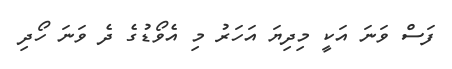
ފަސް ވަނަ އަކީ މިދިޔަ އަހަރު މި އެވޯޑުގެ ދެ ވަނަ ހޯދި